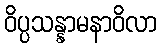
ဝိပ္ပသန္နာမနာဝိလာ